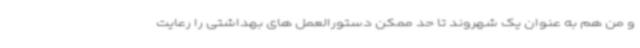
و من هم به عنوان یک شهروند تا حد ممکن دستورالعمل های بهداشتی را رعایت